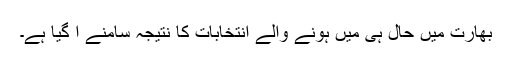
بھارت میں حال ہی میں ہونے والے انتخابات کا نتیجہ سامنے آ گیا ہے۔